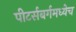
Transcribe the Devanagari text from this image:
पीटर्सबर्गमध्येच